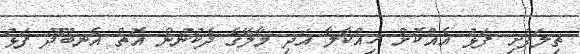
ތިލަފުށި ފަޅު އެއްކޮށް ހިއްކާލާ އަދި މާލޭގެ ދެކުނުން އޮތް އެނބޫދޫ ފަޅު